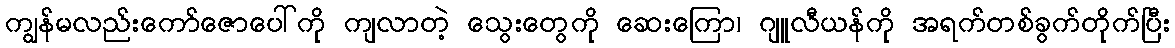
ကျွန်မလည်းကော်ဇောပေါ်ကို ကျလာတဲ့ သွေးတွေကို ဆေးကြော၊ ဂျူလီယန်ကို အရက်တစ်ခွက်တိုက်ပြီး